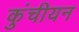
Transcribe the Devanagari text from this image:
कुंचीयन